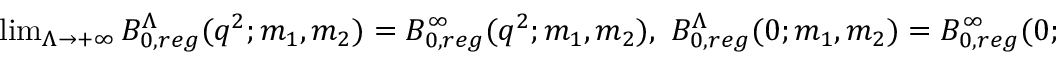
\begin{array} { r } { \operatorname* { l i m } _ { \Lambda \rightarrow + \infty } B _ { 0 , r e g } ^ { \Lambda } ( q ^ { 2 } ; m _ { 1 } , m _ { 2 } ) = B _ { 0 , r e g } ^ { \infty } ( q ^ { 2 } ; m _ { 1 } , m _ { 2 } ) , \ B _ { 0 , r e g } ^ { \Lambda } ( 0 ; m _ { 1 } , m _ { 2 } ) = B _ { 0 , r e g } ^ { \infty } ( 0 ; m _ { 1 } , m _ { 2 } ) . } \end{array}